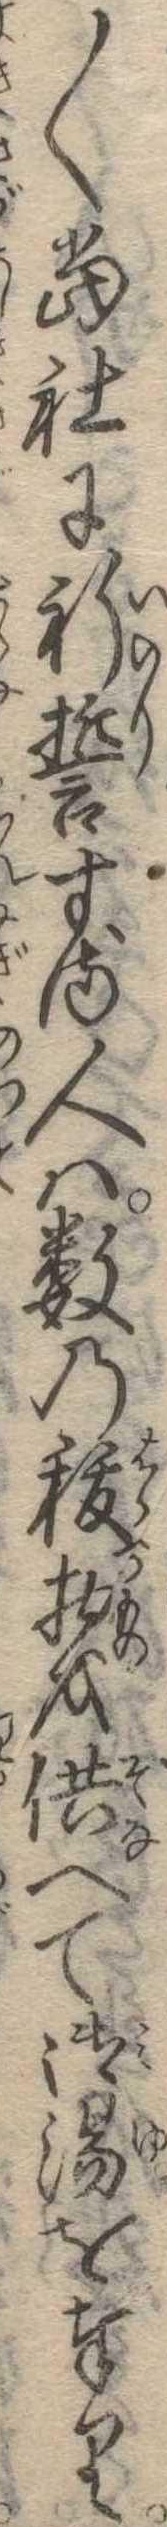
〱当社に祈誓する人は数の秡物を供へて御湯を奉り